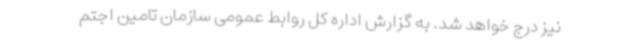
نیز درج خواهد شد. به گزارش اداره کل روابط عمومی سازمان تامین اجتم